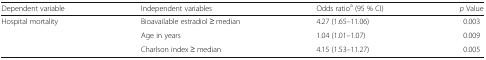
<table><thead><tr><td><b>Dependent variable</b></td><td><b>Independent variables</b></td><td><b>Odds ratio<sup>a</sup> (95 % CI)</b></td><td><b><i>p</i> Value</b></td></tr></thead><tbody><tr><td rowspan="3">Hospital mortality</td><td>Bioavailable estradiol ≥ median</td><td>4.27 (1.65–11.06)</td><td>0.003</td></tr><tr><td>Age in years</td><td>1.04 (1.01–1.07)</td><td>0.009</td></tr><tr><td>Charlson index ≥ median</td><td>4.15 (1.53–11.27)</td><td>0.005</td></tr></tbody></table>